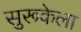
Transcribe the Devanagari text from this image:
सुरूकेला